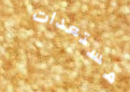
مستعدات